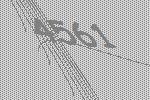
4561